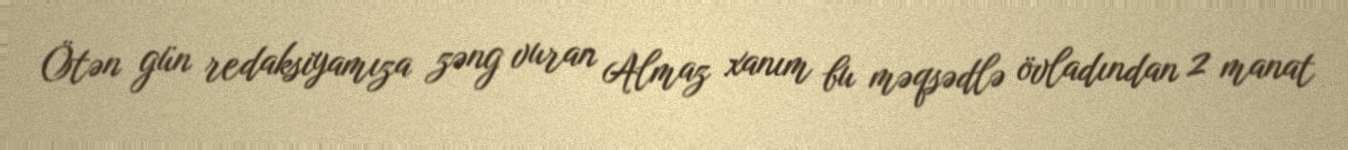
Ötən gün redaksiyamıza zəng vuran Almaz xanım bu məqsədlə övladından 2 manat